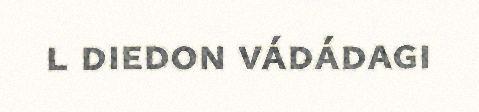
l diedon vádádagi